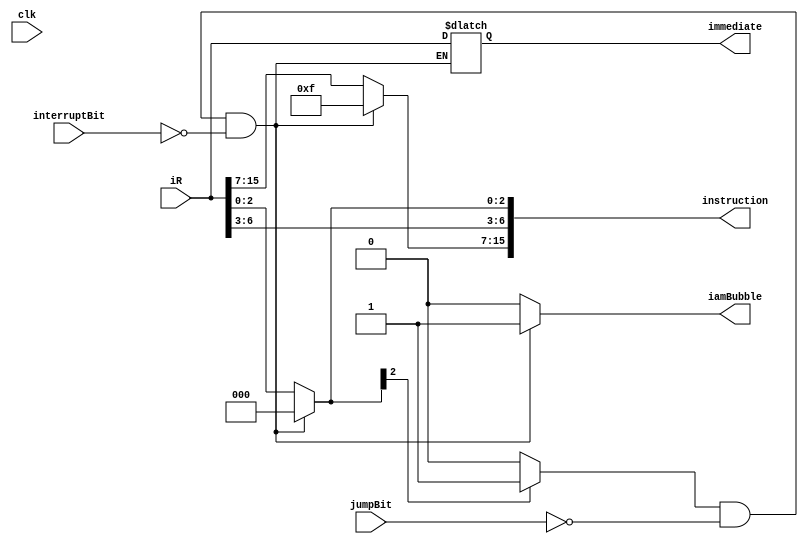
module IRDetector (
	input [15:0] iR,
	input clk, jumpBit, interruptBit,
	output reg [15:0] instruction, immediate, 
	output reg iamBubble
);
	reg flag;
	reg [15:0] prevReg;

	initial begin
		flag = 0;
		immediate = 0;
		prevReg = 0;
		instruction = 0;
	end


  always @(iR) begin
		if (flag && !jumpBit && !interruptBit) begin
			immediate   = iR;
			instruction = 16'b0000011111111000;
			instruction[6:3] = prevReg[6:3];	// used for forwarding the imm value from the bubble]
			iamBubble = 1;
			flag = 0;
		end else begin
			instruction = iR;
			iamBubble = 0;
			flag = 0;
		end 

    if (instruction[2] == 1'b1) begin
			flag = 1;
			prevReg=instruction;
		end
  end


endmodule